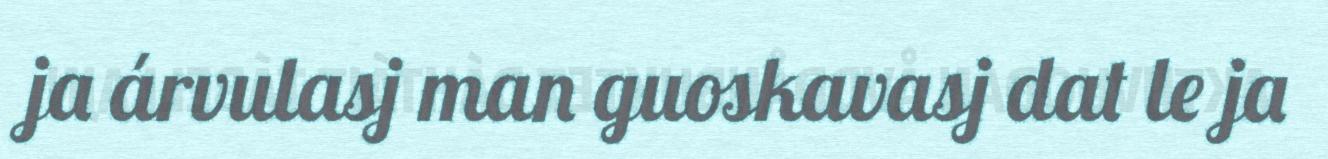
ja árvulasj man guoskavasj dat le ja